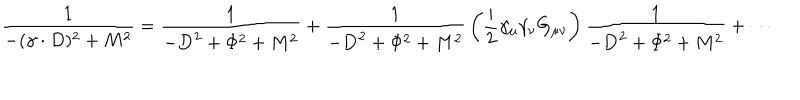
{ \frac { 1 } { - ( \gamma \cdot D ) ^ { 2 } + M ^ { 2 } } } = { \frac { 1 } { - { \bf D } ^ { 2 } + \Phi ^ { 2 } + M ^ { 2 } } } + { \frac { 1 } { - { \bf D } ^ { 2 } + \Phi ^ { 2 } + M ^ { 2 } } } \left( { \frac { i } { 2 } } \gamma _ { \mu } \gamma _ { \nu } G _ { \mu \nu } \right) { \frac { 1 } { - { \bf D } ^ { 2 } + \Phi ^ { 2 } + M ^ { 2 } } } + \cdots